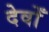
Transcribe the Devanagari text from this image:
देवोँ